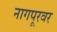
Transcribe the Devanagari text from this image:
नागपूरवर